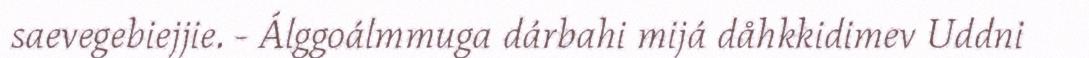
saevegebiejjie. - Álggoálmmuga dárbahi mijá dåhkkidimev Uddni